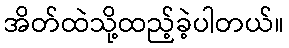
အိတ်ထဲသို့ထည့်ခဲ့ပါတယ်။